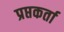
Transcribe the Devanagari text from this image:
प्रप्तकर्ता